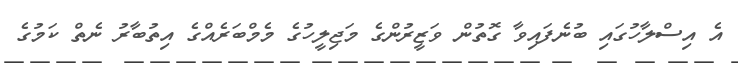
އެ އިސްލާހުގައި ބުނެފައިވާ ގޮތުން ވަޒީރުންގެ މަޖިލީހުގެ މެމްބަރެއްގެ އިތުބާރު ނެތް ކަމުގެ